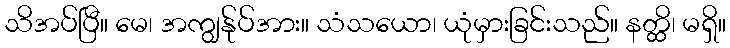
သိအပ်ပြီ။ မေ၊ အကျွန်ုပ်အား။ သံသယော၊ ယုံမှားခြင်းသည်။ နတ္ထိ၊ မရှိ။